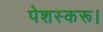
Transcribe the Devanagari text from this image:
पेशस्‍करू।